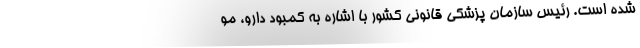
شده است. رئیس سازمان پزشکی قانونی کشور با اشاره به کمبود دارو، مو